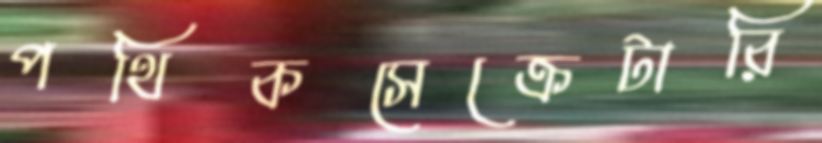
পথিকসেক্রেটারি